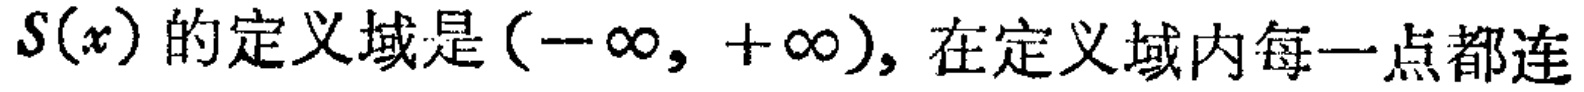
$S(x) 的定义域是(-\infty, +\infty), 在定义域内每一点都连$